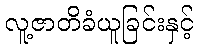
လူ့ဇာတိခံယူခြင်းနှင့်